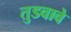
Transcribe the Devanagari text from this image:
तुडवावे